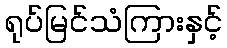
ရုပ်မြင်သံကြားနှင့်